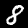
Digit: 8